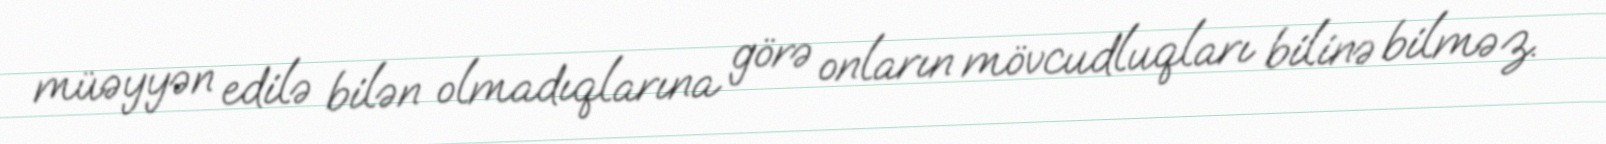
müəyyən edilə bilən olmadıqlarına görə onların mövcudluqları bilinə bilməz.